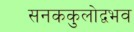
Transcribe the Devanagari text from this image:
सनककुलोद्वभव